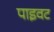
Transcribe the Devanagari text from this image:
पाइवट